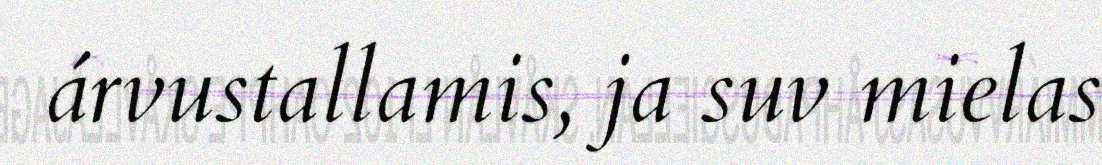
árvustallamis, ja suv mielas